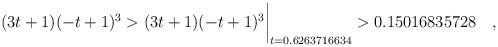
\begin{align*} (3t+1)(-t+1)^3 & > (3t+1)(-t+1)^3\biggr\rvert_{t=0.6263716634} > 0.15016835728 \quad , \end{align*}